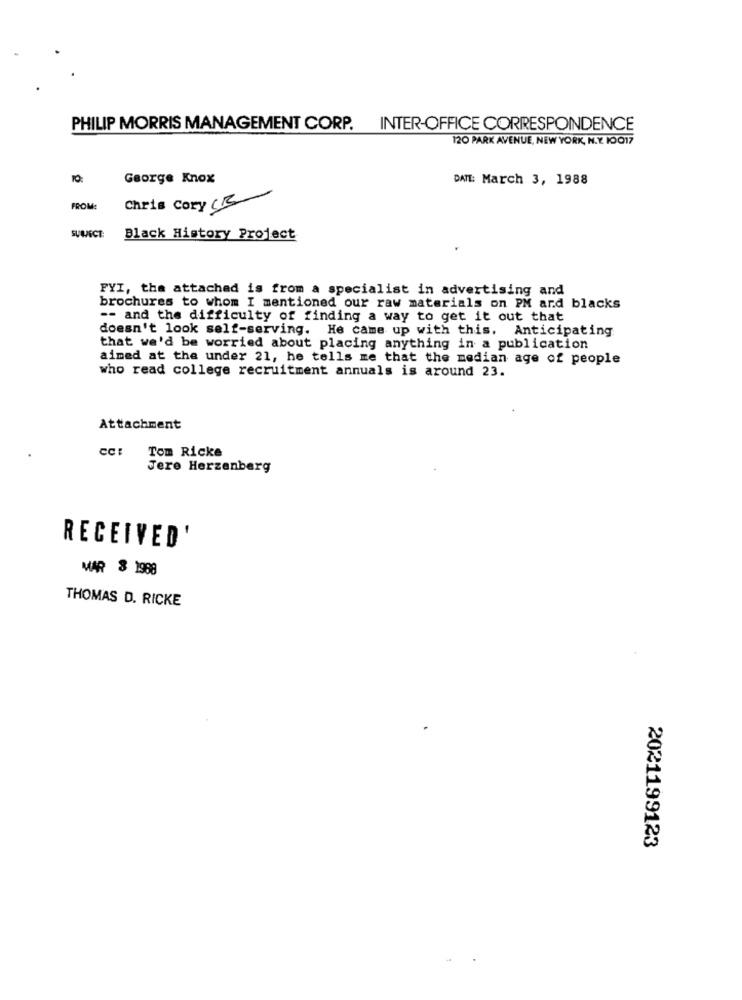
PHILIP MORRIS MANAGEMENT CORP. INTER-OFFICE CORRESPONDENCE
120 PARK AVENUE, NEW YORK, N.Y. 10017
George Knox
DATE: March 3, 1988
FROM
Chris Cory CB
SUOVECE
Black History Project
FYI, the attached is from a specialist in advertising and
brochures to whom I mentioned our raw materials on PM and blacks
-- and the difficulty of finding a way to get it out that
doesn't look self-serving. He came up with this. Anticipating
that we'd be worried about placing anything in a publication
aimed at the under 21, he tells me that the median age of people
who read college recruitment annuals is around 23.
Attachment
Tom Ricke
Jere Herzenberg
RECEIVED'
MAR 8 1988
THOMAS D. RICKE
2021199123